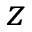
z